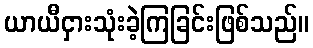
ယာယီငှားသုံးခဲ့ကြခြင်းဖြစ်သည်။